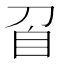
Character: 𭃙